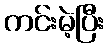
ကင်းမဲ့ပြီး